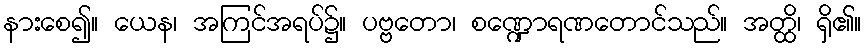
နားစေ၍။ ယေန၊ အကြင်အရပ်၌။ ပဗ္ဗတော၊ စဏ္ဍောရဏတောင်သည်။ အတ္ထိ၊ ရှိ၏။